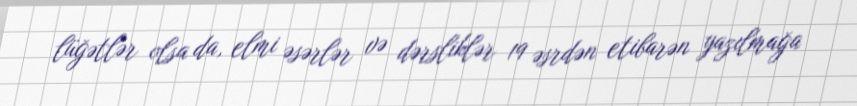
lüğətlər olsa da, elmi əsərlər və dərsliklər 19 əsrdən etibarən yazılmağa